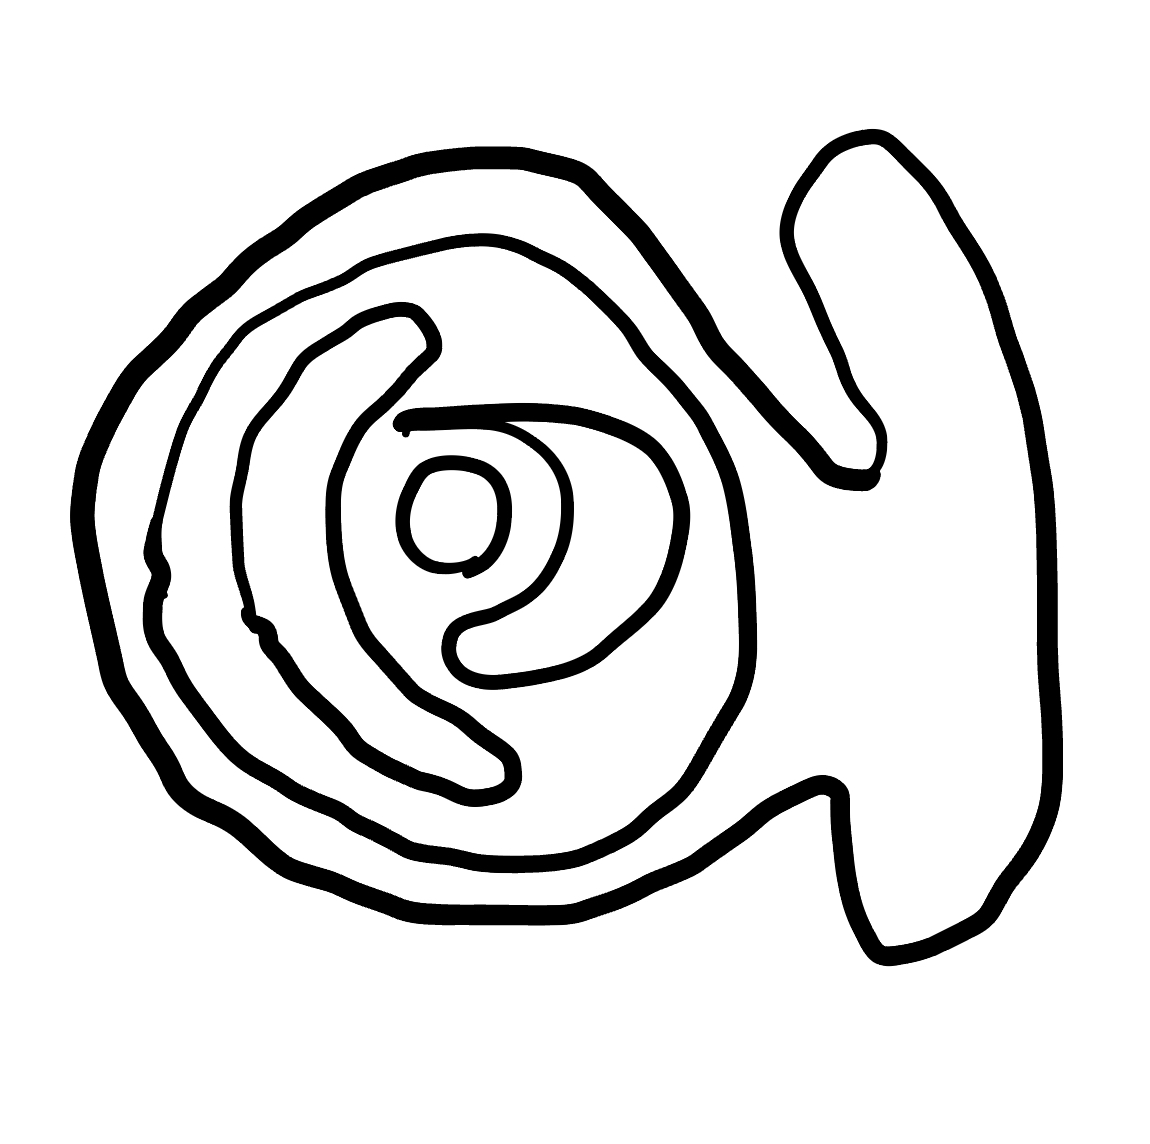
Number of regions (including the outer root region): 6
Containment tree edges (parent, child): 0, 1, 1, 2, 2, 3, 2, 4, 2, 5